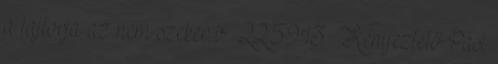
a lajtorja az nem szeker b 22:59:13 Kényeztető Pasi